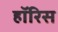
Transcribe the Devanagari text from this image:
हॉरिस